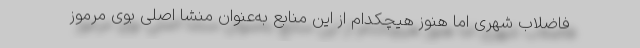
فاضلاب شهری اما هنوز هیچکدام از این منابع به‌عنوان منشا اصلی بوی مرموز